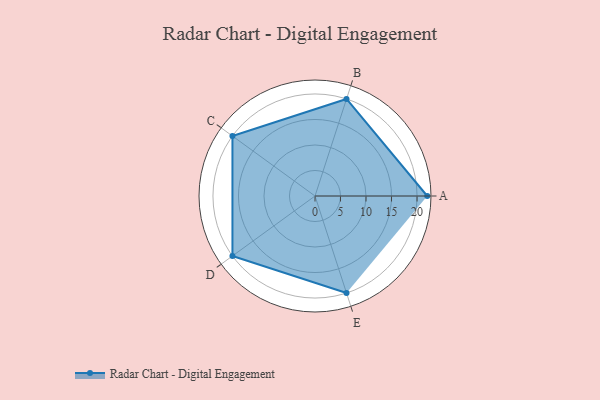
{"axis": {"x": "Skill", "y": "Score"}, "legend": ["Profile"], "data": [{"x": "A", "y": 22.0, "type": "Profile"}, {"x": "B", "y": 20, "type": "Profile"}, {"x": "C", "y": 20, "type": "Profile"}, {"x": "D", "y": 20, "type": "Profile"}, {"x": "E", "y": 20, "type": "Profile"}]}